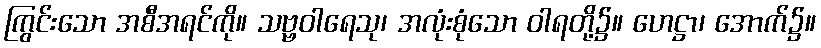
ကြွင်းသော အစီအရင်ကို။ သဗ္ဗဝါရေသု၊ အလုံးစုံသော ဝါရတို့၌။ ဟေဋ္ဌာ၊ အောက်၌။